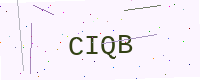
Text: CIQB